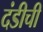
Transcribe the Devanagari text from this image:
दंडीची